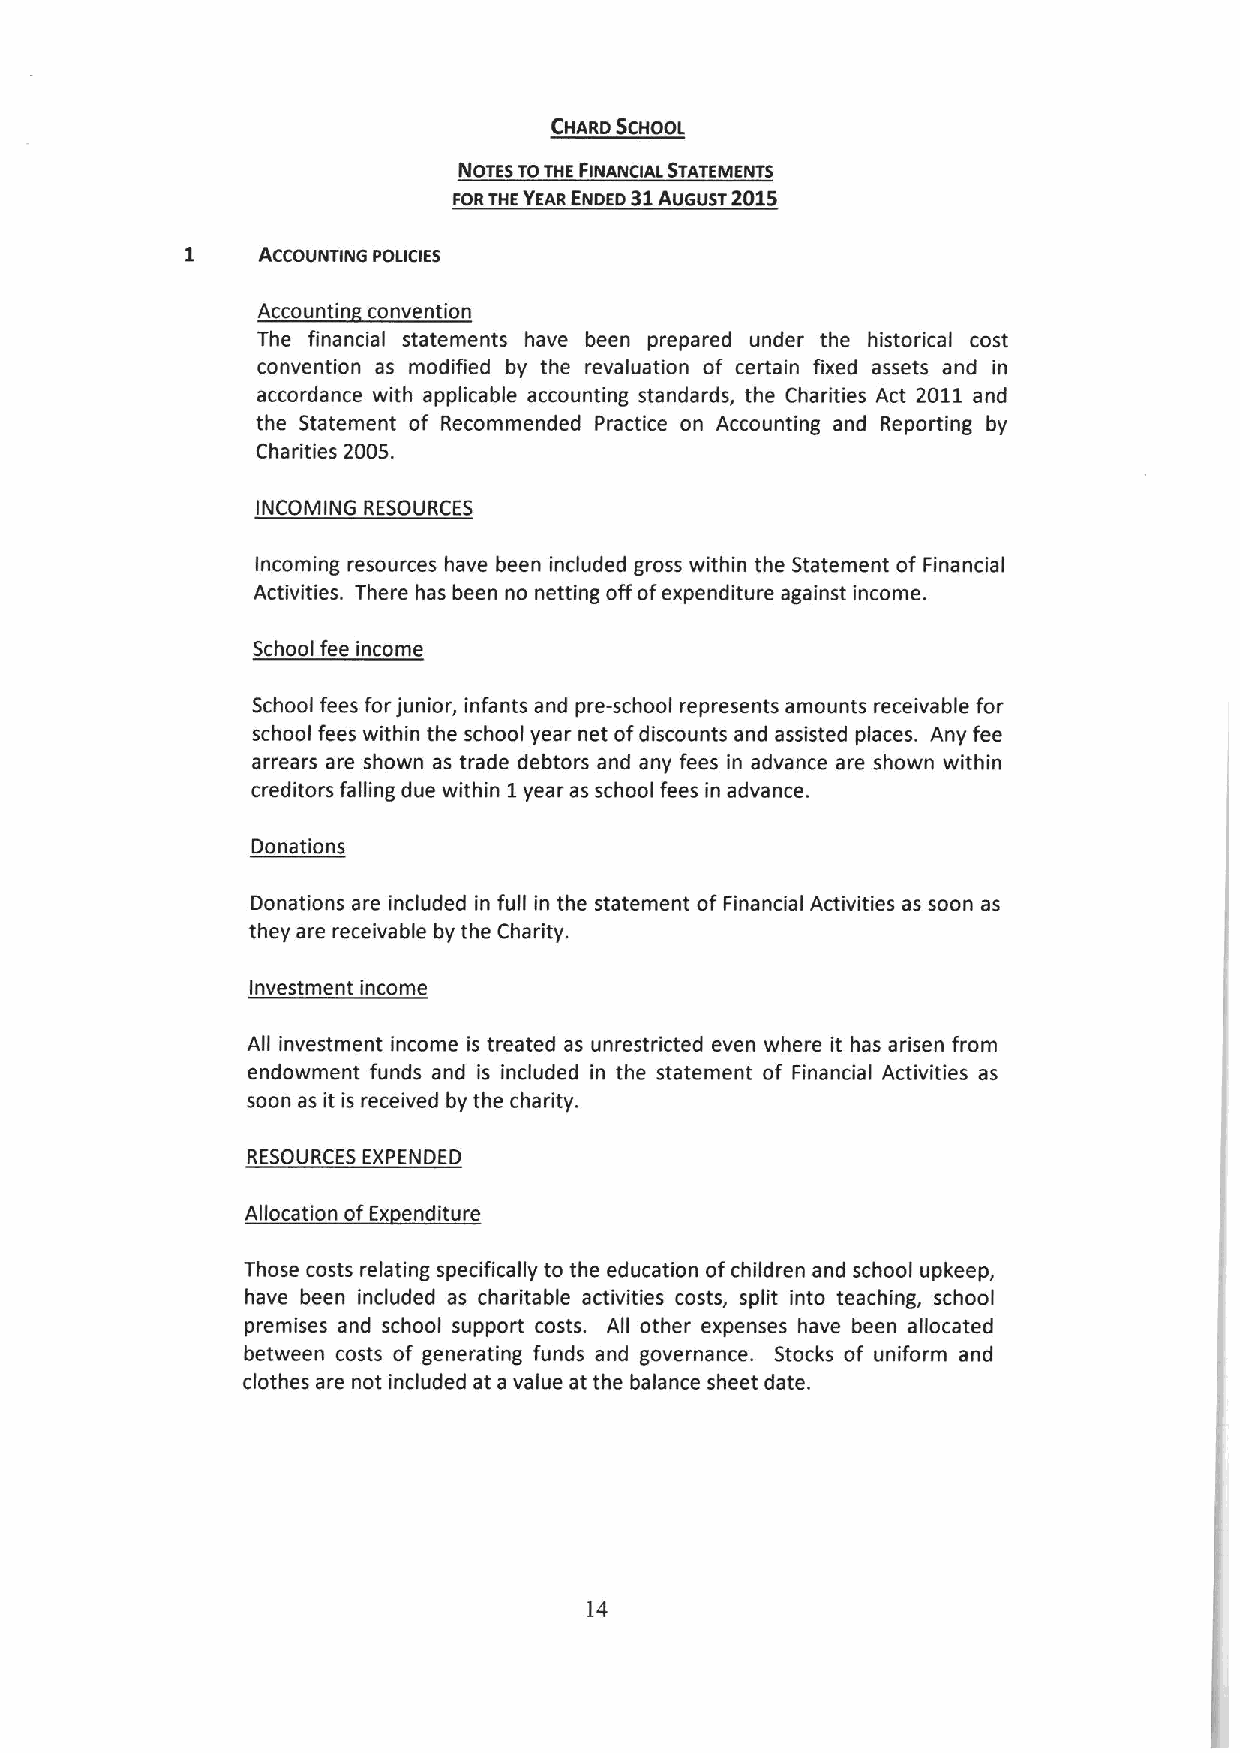
CHARD SCHOOL
 NDTEs ToTHE FINANclAL STATEMENTs
 31    2015
 FQRTHEYEARENDED AUGUST
 1    AccoUNTING Poi.icIES
 Accountin convention
 The financial statements have been prepared under the historical cost
 convention as modified by the revaluation of certain fixed assets and in
 accordance with applicable accounting standards, the Charities Act 2011 and
 the Statement of Recommended Practice on Accounting and Reporting by
 Charities 2005.
 INCOMING RESOURCES
 Incoming resources have been included gross within the Statement of Financial
 Activities. There has been no netting offofexpenditure against income.
 School fee income
 School fees for junior, infants and pre-school represents amounts receivable for
 school fees within the school year net ofdiscounts and assisted places. Any fee
 arrears are shown as trade debtors and any fees in advance are shown within
 creditors falling due within 1year as school fees in advance.
 Donations
 Donations are included in full in the statement of Financial Activities as soon as
 they are receivable by the Charity.
 Investment income
 All investment income is treated as unrestricted even where it has arisen from
 endowment funds and is included in the statement of Financial Activities as
 soon as it is received by the charity.
 RESOURCES EXPENDED
 Allocation ofEx enditure
 Those costs relating specifically to the education ofchildren and school upkeep,
 have been included as charitable activities costs, split into teaching, school
 premises and school support costs. All other expenses have been allocated
 between costs of generating funds and governance. Stocks of uniform and
 clothes are not included at a value at the balance sheet date.
 14